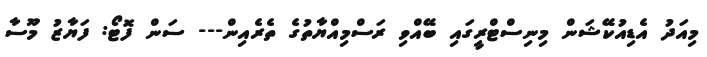
މިއަދު އެޑިއުކޭޝަން މިނިސްޓްރީގައި ބޭއްވި ރަސްމިއްޔާތުގެ ތެރެއިން--- ސަން ފޮޓޯ: ފަޔާޒު މޫސާ